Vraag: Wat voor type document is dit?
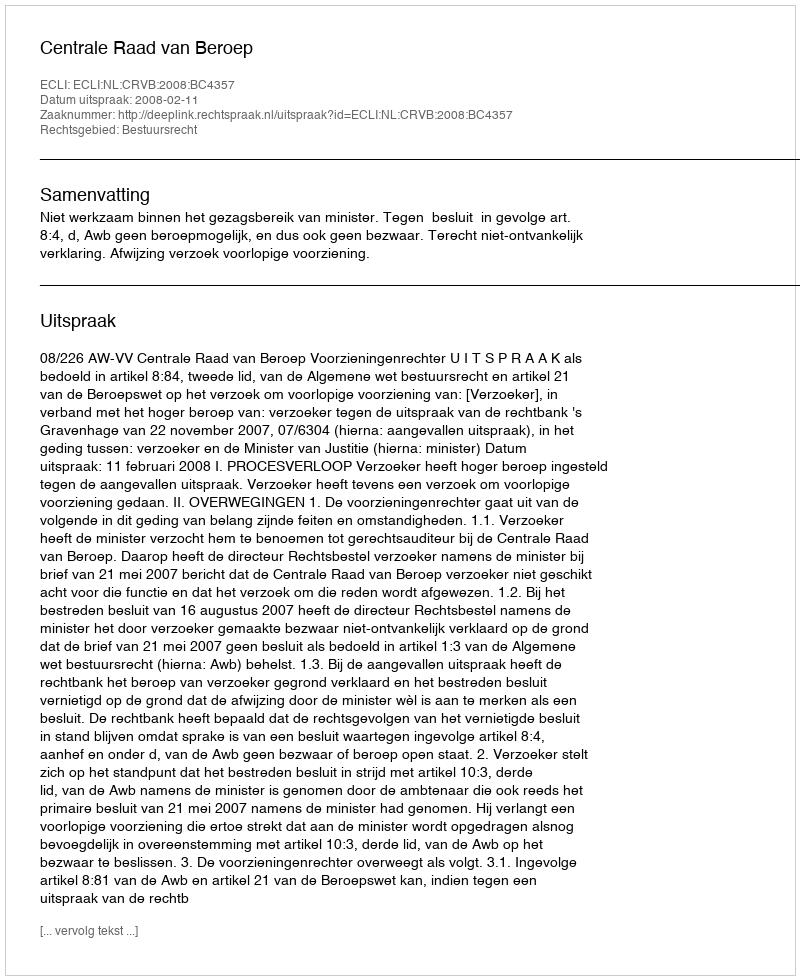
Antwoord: Uitspraak